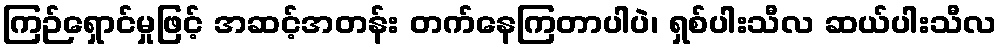
ကြဉ်ရှောင်မှုဖြင့် အဆင့်အတန်း တက်နေကြတာပါပဲ၊ ရှစ်ပါးသီလ ဆယ်ပါးသီလ